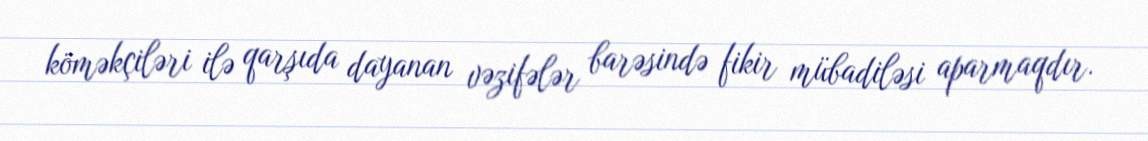
köməkçiləri ilə qarşıda dayanan vəzifələr barəsində fikir mübadiləsi aparmaqdır.